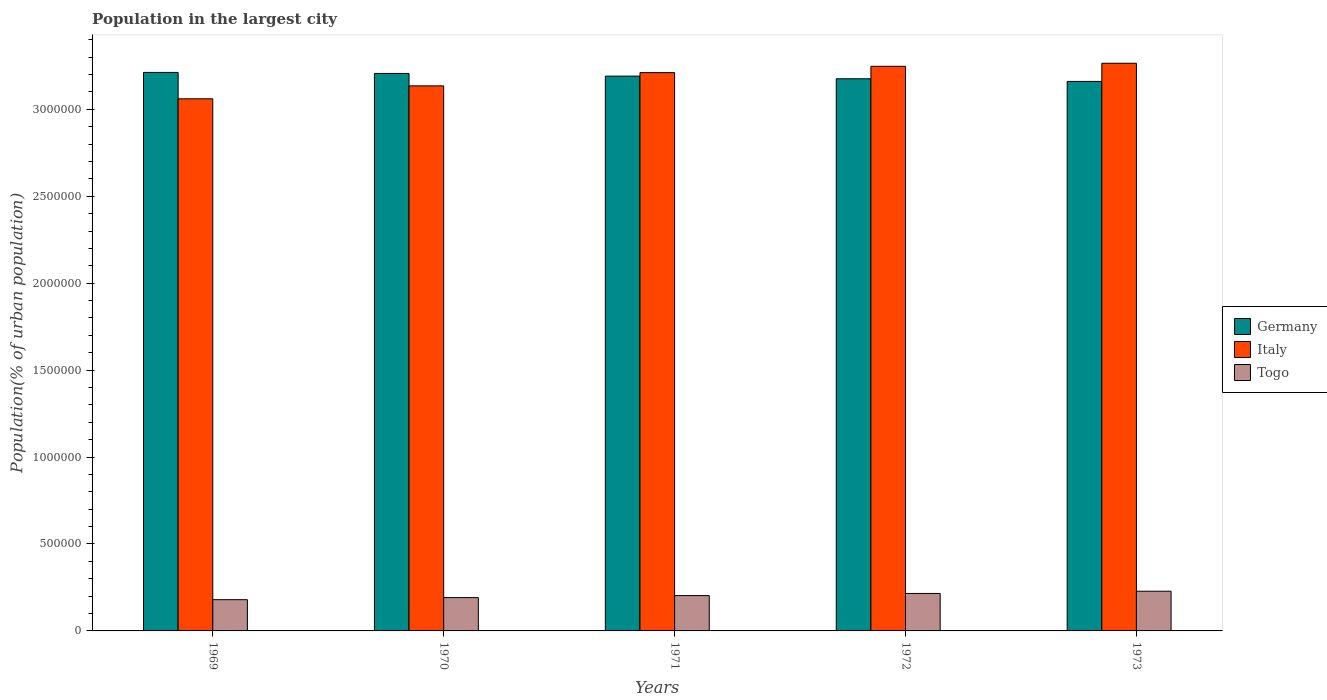
| Years | Germany | Italy | Togo |
 | --- | --- | --- | --- |
 | 1969 | 3.21e+06 | 3.06e+06 | 1.8e+05 |
 | 1970 | 3.21e+06 | 3.13e+06 | 1.92e+05 |
 | 1971 | 3.19e+06 | 3.21e+06 | 2.03e+05 |
 | 1972 | 3.18e+06 | 3.25e+06 | 2.15e+05 |
 | 1973 | 3.16e+06 | 3.26e+06 | 2.28e+05 |